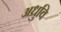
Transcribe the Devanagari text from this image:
अध्रुवि